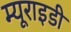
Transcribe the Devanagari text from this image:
म्यूराइडी